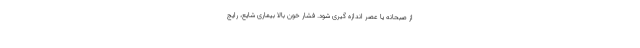
از صبحانه یا عصر اندازه گیری شود. فشار خون بالا بیماری شایع، رایج